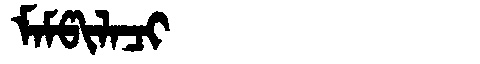
Manchu: ᠮᠠᠮᡦᡳᠯᠠᠴᡳ
Romanization: MAMPILACI